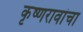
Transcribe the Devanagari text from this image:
कृष्णरावांचा